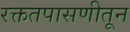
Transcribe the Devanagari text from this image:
रक्ततपासणीतून